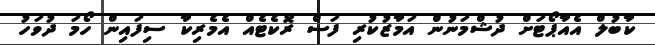
ކާބުލް އެއާޕޯޓަށް ދުޝްމަނުން އަމާޒުކުރި ފަސް ރޮކެޓެއް އެމެރިކާ ސިފައިން ހޯމަ ދުވަހު